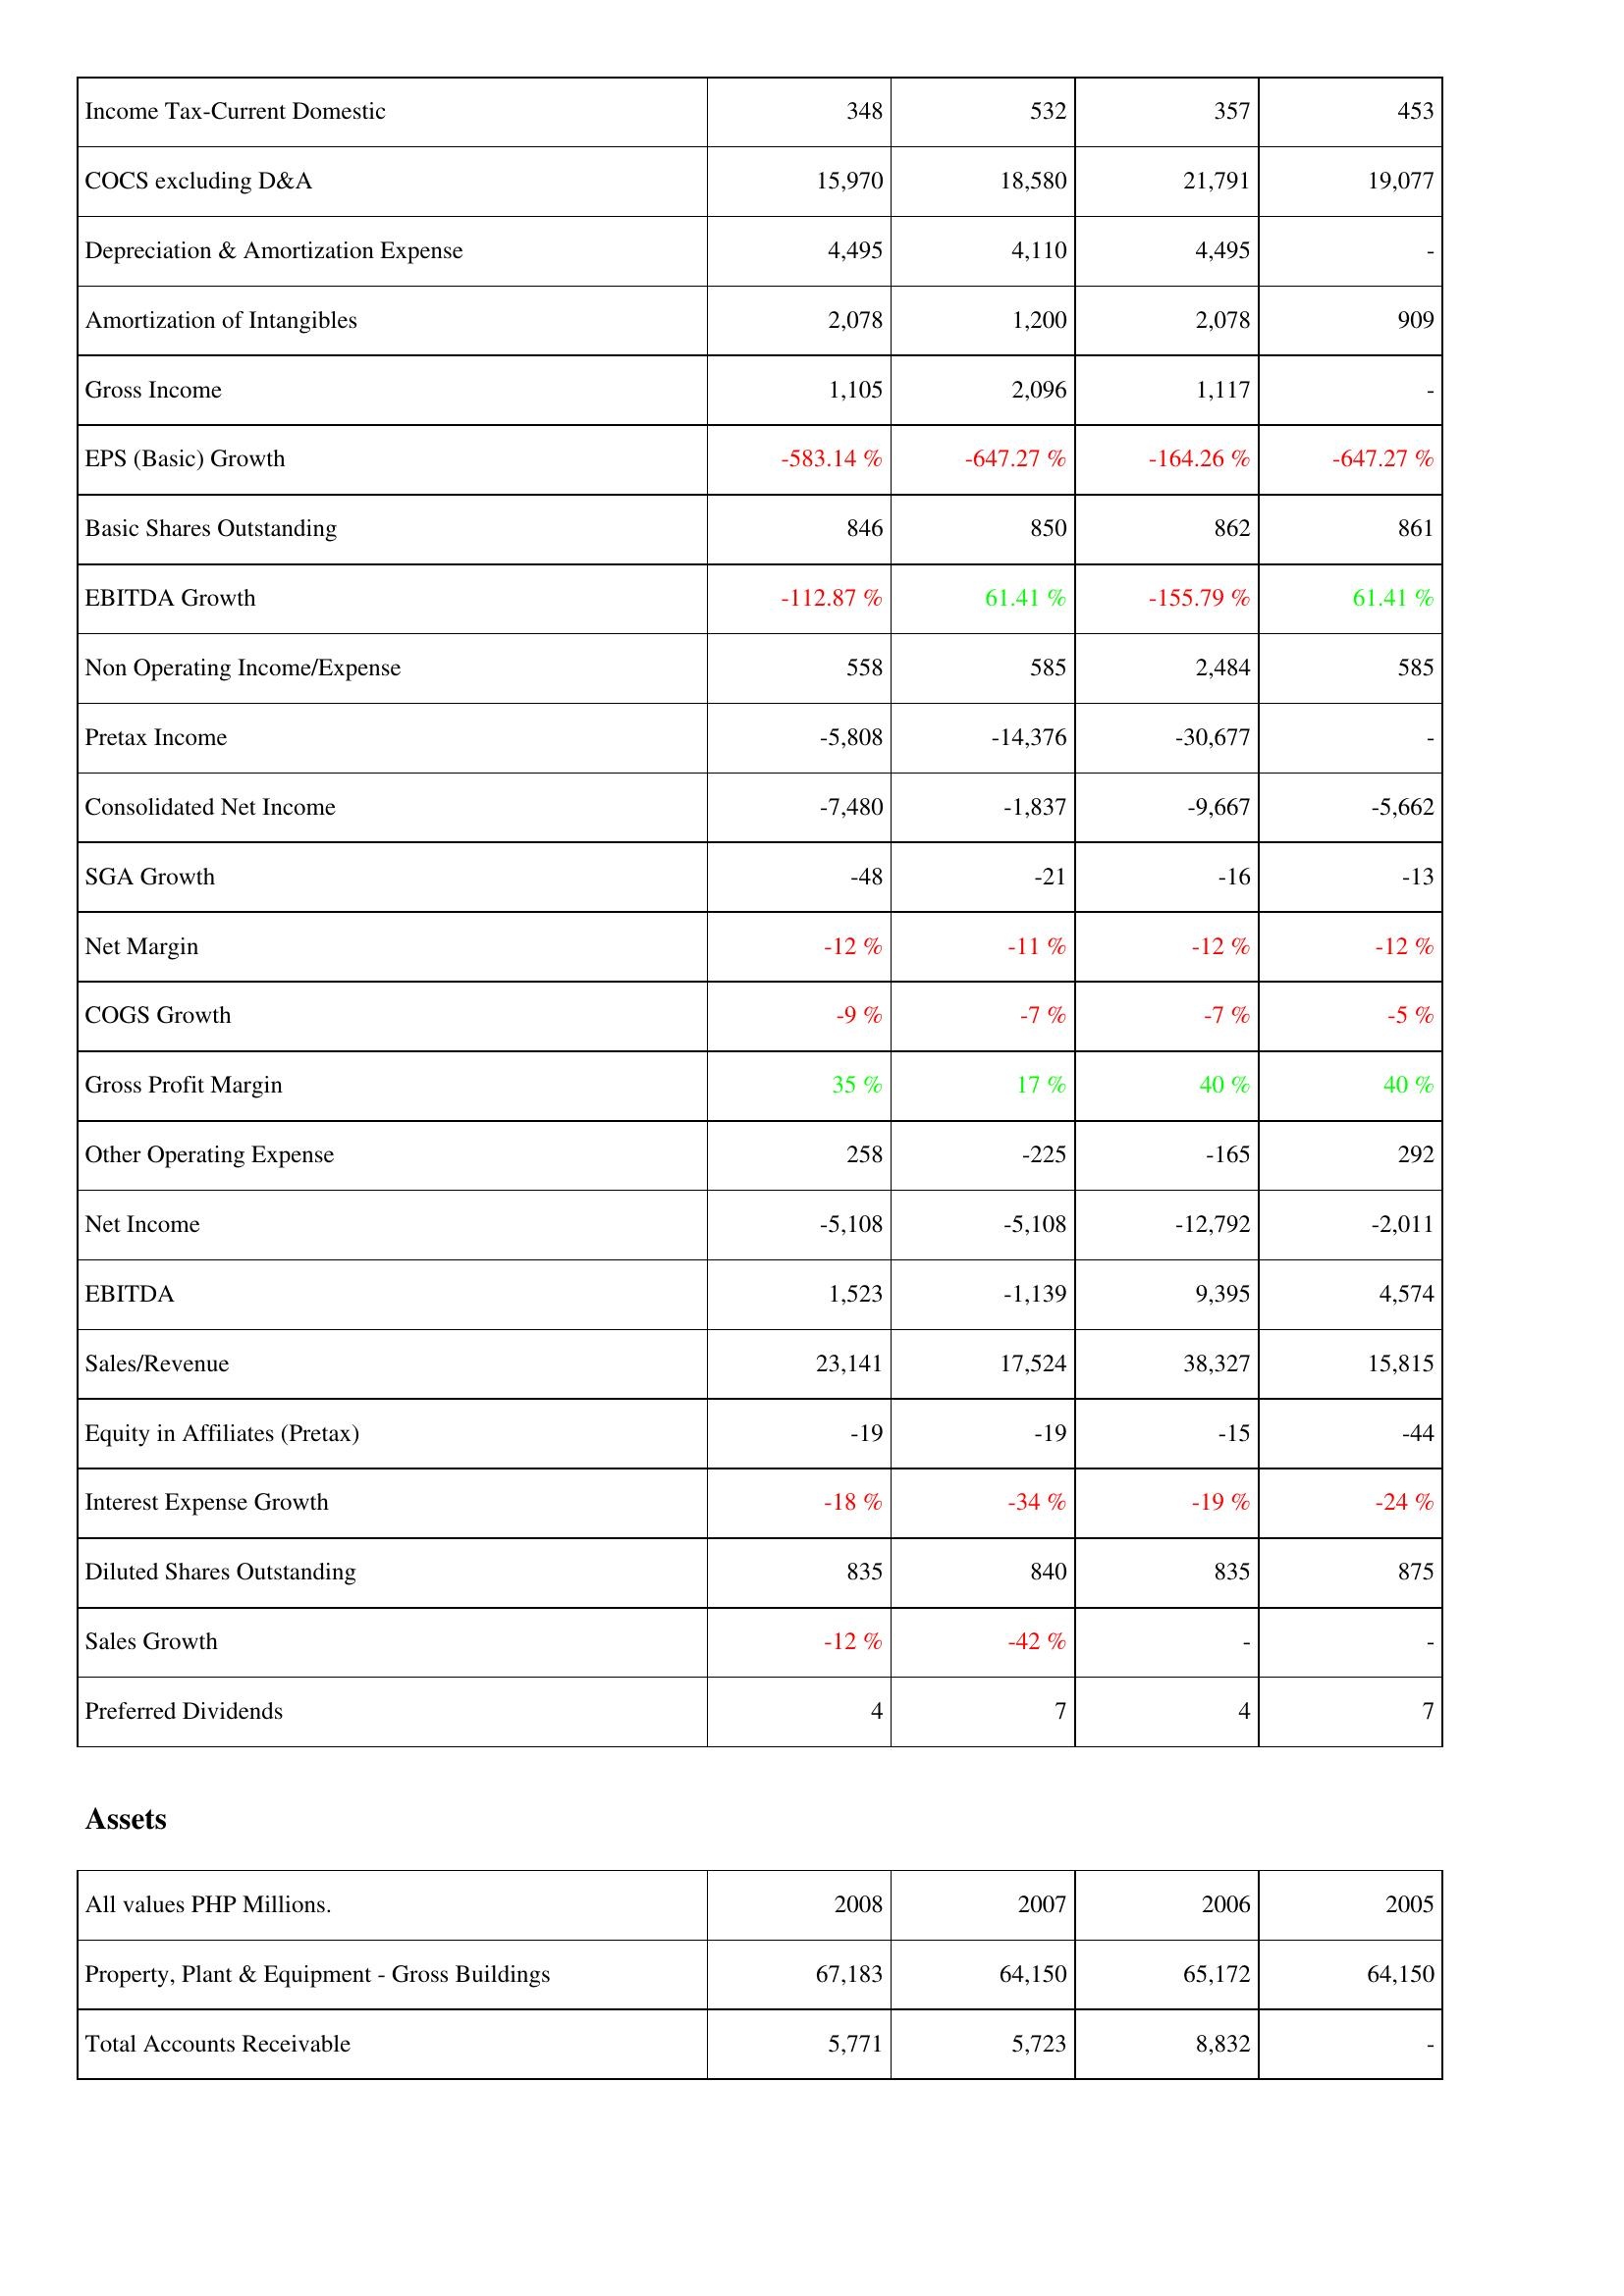
2008: Income Statement: Income Tax-Current Domestic: 348
COCS excluding D&A: 15,970
Depreciation & Amortization Expense: 4,495
Amortization of Intangibles: 2,078
Gross Income: 1,105
EPS (Basic) Growth: -583.14 %
Basic Shares Outstanding: 846
EBITDA Growth: -112.87 %
Non Operating Income/Expense: 558
Pretax Income: -5,808
Consolidated Net Income: -7,480
SGA Growth: -48
Net Margin: -12 %
COGS Growth: -9 %
Gross Profit Margin: 35 %
Other Operating Expense: 258
Net Income: -5,108
EBITDA: 1,523
Sales/Revenue: 23,141
Equity in Affiliates (Pretax): -19
Interest Expense Growth: -18 %
Diluted Shares Outstanding: 835
Sales Growth: -12 %
Preferred Dividends: 4
Assets: Property, Plant & Equipment - Gross Buildings: 67,183
Total Accounts Receivable: 5,771
2007: Income Statement: Income Tax-Current Domestic: 532
COCS excluding D&A: 18,580
Depreciation & Amortization Expense: 4,110
Amortization of Intangibles: 1,200
Gross Income: 2,096
EPS (Basic) Growth: -647.27 %
Basic Shares Outstanding: 850
EBITDA Growth: 61.41 %
Non Operating Income/Expense: 585
Pretax Income: -14,376
Consolidated Net Income: -1,837
SGA Growth: -21
Net Margin: -11 %
COGS Growth: -7 %
Gross Profit Margin: 17 %
Other Operating Expense: -225
Net Income: -5,108
EBITDA: -1,139
Sales/Revenue: 17,524
Equity in Affiliates (Pretax): -19
Interest Expense Growth: -34 %
Diluted Shares Outstanding: 840
Sales Growth: -42 %
Preferred Dividends: 7
Assets: Property, Plant & Equipment - Gross Buildings: 64,150
Total Accounts Receivable: 5,723
2006: Income Statement: Income Tax-Current Domestic: 357
COCS excluding D&A: 21,791
Depreciation & Amortization Expense: 4,495
Amortization of Intangibles: 2,078
Gross Income: 1,117
EPS (Basic) Growth: -164.26 %
Basic Shares Outstanding: 862
EBITDA Growth: -155.79 %
Non Operating Income/Expense: 2,484
Pretax Income: -30,677
Consolidated Net Income: -9,667
SGA Growth: -16
Net Margin: -12 %
COGS Growth: -7 %
Gross Profit Margin: 40 %
Other Operating Expense: -165
Net Income: -12,792
EBITDA: 9,395
Sales/Revenue: 38,327
Equity in Affiliates (Pretax): -15
Interest Expense Growth: -19 %
Diluted Shares Outstanding: 835
Sales Growth: -
Preferred Dividends: 4
Assets: Property, Plant & Equipment - Gross Buildings: 65,172
Total Accounts Receivable: 8,832
2005: Income Statement: Income Tax-Current Domestic: 453
COCS excluding D&A: 19,077
Depreciation & Amortization Expense: -
Amortization of Intangibles: 909
Gross Income: -
EPS (Basic) Growth: -647.27 %
Basic Shares Outstanding: 861
EBITDA Growth: 61.41 %
Non Operating Income/Expense: 585
Pretax Income: -
Consolidated Net Income: -5,662
SGA Growth: -13
Net Margin: -12 %
COGS Growth: -5 %
Gross Profit Margin: 40 %
Other Operating Expense: 292
Net Income: -2,011
EBITDA: 4,574
Sales/Revenue: 15,815
Equity in Affiliates (Pretax): -44
Interest Expense Growth: -24 %
Diluted Shares Outstanding: 875
Sales Growth: -
Preferred Dividends: 7
Assets: Property, Plant & Equipment - Gross Buildings: 64,150
Total Accounts Receivable: -